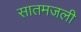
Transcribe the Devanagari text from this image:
सातमजली